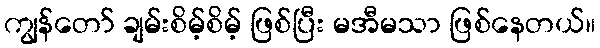
ကျွန်တော် ချမ်းစိမ့်စိမ့် ဖြစ်ပြီး မအီမသာ ဖြစ်နေတယ်။